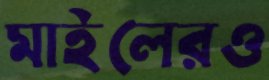
মাইলেরও